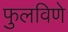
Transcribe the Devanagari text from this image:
फुलविणे